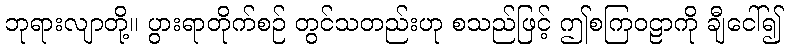
ဘုရားလျာတို့။ ပွားရာတိုက်စဉ် တွင်သတည်းဟု စသည်ဖြင့် ဤစကြဝဠာကို ချီငေါ်၍